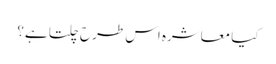
کیا معاشرہ اس طرح چلتا ہے؟